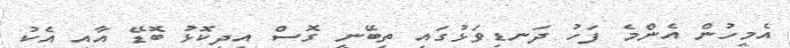
އެމީހުން އެންމެ ފަހު ދަނޑިވަޅުގައި ތިބޭނީ ގޮސް އިދިކޮޅު ބޮޑޭ އާއި އެކު